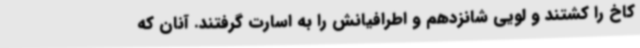
کاخ را کشتند و لویی شانزدهم و اطرافیانش را به اسارت گرفتند. آنان که